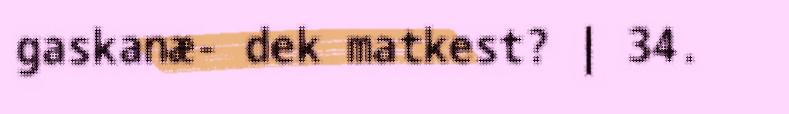
gaskanæ- dek matkest? | 34.